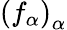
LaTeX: \left(f_{\alpha}\right)_{\alpha}